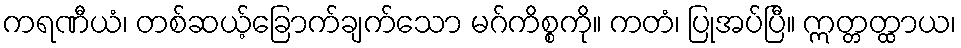
ကရဏီယံ၊ တစ်ဆယ့်ခြောက်ချက်သော မဂ်ကိစ္စကို။ ကတံ၊ ပြုအပ်ပြီ။ ဣတ္တတ္ထာယ၊